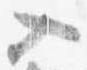
入